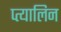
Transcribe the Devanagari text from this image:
प्त्यालिन